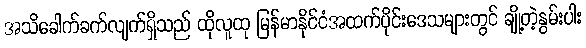
အသိခေါက်ခက်လျက်ရှိသည် ထိုလူထု မြန်မာနိုင်ငံအထက်ပိုင်းဒေသများတွင် ချို့တဲ့နွမ်းပါး